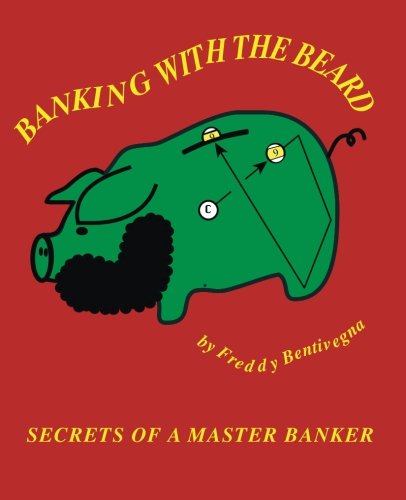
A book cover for Banking with the Beard: Secrets of a Master Banker; Freddy Bentivegna; Sports & Outdoors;